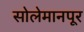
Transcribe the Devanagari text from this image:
सोलेमानपूर